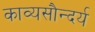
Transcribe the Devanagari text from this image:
काव्यसौन्दर्य